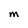
Character: M